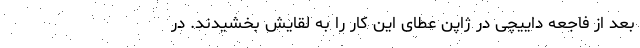
بعد از فاجعه داییچی در ژاپن عطای این کار را به لقایش بخشیدند. در